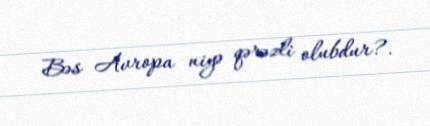
Bəs Avropa niyə qərəzli olubdur?.